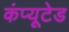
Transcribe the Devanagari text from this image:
कंप्यूटेड